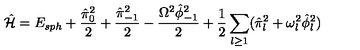
\hat { \cal H } = E _ { s p h } + { \frac { \hat { \pi } _ { 0 } ^ { 2 } } { 2 } } + { \frac { \hat { \pi } _ { - 1 } ^ { 2 } } { 2 } } - { \frac { \Omega ^ { 2 } \hat { \phi } _ { - 1 } ^ { 2 } } { 2 } } + { \frac { 1 } { 2 } } \sum _ { l \ge 1 } ( \hat { \pi } _ { l } ^ { 2 } + \omega _ { l } ^ { 2 } \hat { \phi } _ { l } ^ { 2 } )